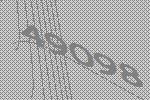
49098